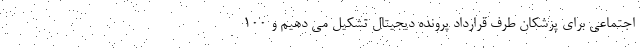
اجتماعی برای پزشکان طرف قرارداد پرونده دیجیتال تشکیل می دهیم و ۱۰۰